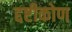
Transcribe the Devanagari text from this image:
द्दष्टीकोण